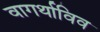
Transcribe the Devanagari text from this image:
वागर्थाविव